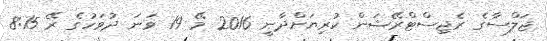
ޖަލްސާގެ ރެޖިސްޓްރޭޝަން ކުރިޔަށްދާނީ 2016 މޭ 19 ވަނަ ދުވަހުގެ ރޭ 8:15